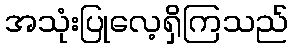
အသုံးပြုလေ့ရှိကြသည်